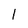
Character: 1